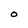
Character: O